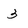
Character: 3